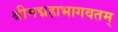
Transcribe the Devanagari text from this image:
श्रीमद्महाभागवतम्